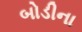
બોડીના